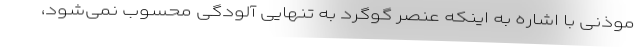
موذنی با اشاره به اینکه عنصر گوگرد به تنهایی آلودگی محسوب نمی‌شود،